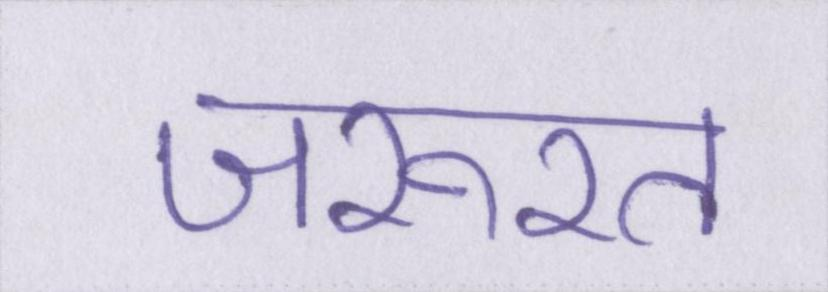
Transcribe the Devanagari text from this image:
जरूरत